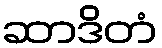
ဆာဒိတံ